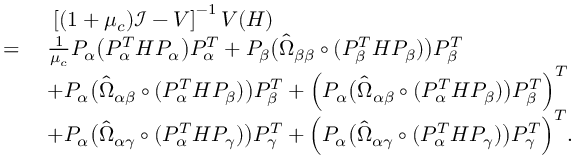
\begin{array} { r l } & { \; \; \left[ ( 1 + \mu _ { c } ) \mathcal { I } - V \right] ^ { - 1 } V ( H ) } \\ { = } & { \; \frac { 1 } { \mu _ { c } } P _ { \alpha } \big ( P _ { \alpha } ^ { T } H P _ { \alpha } \big ) P _ { \alpha } ^ { T } + P _ { \beta } \big ( \hat { \Omega } _ { \beta \beta } \circ ( P _ { \beta } ^ { T } H P _ { \beta } ) \big ) P _ { \beta } ^ { T } } \\ & { \; + P _ { \alpha } \big ( \hat { \Omega } _ { \alpha \beta } \circ ( P _ { \alpha } ^ { T } H P _ { \beta } ) \big ) P _ { \beta } ^ { T } + { \Big ( P _ { \alpha } \big ( \hat { \Omega } _ { \alpha \beta } \circ ( P _ { \alpha } ^ { T } H P _ { \beta } ) \big ) P _ { \beta } ^ { T } \Big ) ^ { T } } } \\ & { \; + P _ { \alpha } \big ( \hat { \Omega } _ { \alpha \gamma } \circ ( P _ { \alpha } ^ { T } H P _ { \gamma } ) \big ) P _ { \gamma } ^ { T } + { \Big ( P _ { \alpha } \big ( \hat { \Omega } _ { \alpha \gamma } \circ ( P _ { \alpha } ^ { T } H P _ { \gamma } ) \big ) P _ { \gamma } ^ { T } \Big ) ^ { T } . } } \end{array}